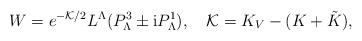
LaTeX: \begin{align*}W = e^{- {\cal K}/2} L^\Lambda (P_\Lambda^3 \pm {\rm i} P_\Lambda^1), \quad {\cal K} = K_V -(K +\tilde K), \end{align*}